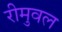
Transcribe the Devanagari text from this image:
रीमुवल